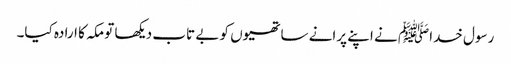
رسول خداﷺ نے اپنے پرانے ساتھیوں کو بے تاب دیکھا تو مکہ کا ارادہ کیا۔